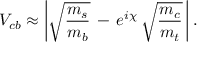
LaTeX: V _ { c b } \approx \bigg | \sqrt { \frac { m _ { s } } { m _ { b } } } \, - \, e ^ { i \chi } \, \sqrt { \frac { m _ { c } } { m _ { t } } } \, \bigg | \, .